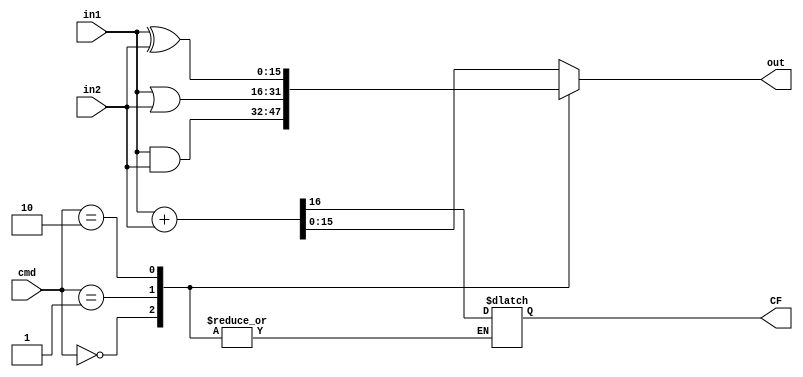

module MCPU_Alu(cmd,in1,in2,out,CF);
parameter CMD_SIZE=2;
parameter WORD_SIZE=16;

parameter  [CMD_SIZE-1:0]  CMD_AND  = 0; //2'b00
parameter  [CMD_SIZE-1:0]  CMD_OR   = 1; //2'b01
parameter  [CMD_SIZE-1:0]  CMD_XOR   = 2; //2'b10
parameter  [CMD_SIZE-1:0]  CMD_ADD   = 3; //2'b11


input [CMD_SIZE-1:0] cmd;
input [WORD_SIZE-1:0] in1;
input [WORD_SIZE-1:0] in2;
output[WORD_SIZE-1:0] out;
//carry flag
output CF;

wire [CMD_SIZE-1:0] cmd;
wire [WORD_SIZE-1:0] in1;
wire [WORD_SIZE-1:0] in2;
reg  [WORD_SIZE-1:0] out;
//carry flag
reg  CF;

always @ (cmd, in1, in2)
  #2
case(cmd)
  CMD_AND : begin
               out = in1&in2; 
      end
  CMD_OR : begin
              out = in1|in2;
            end
  CMD_XOR : begin
              out = in1^in2;
            end
  default : begin
              {CF,out} = in1+in2;
            end
 endcase

endmodule